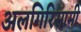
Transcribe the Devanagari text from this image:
अलगिरिसामी